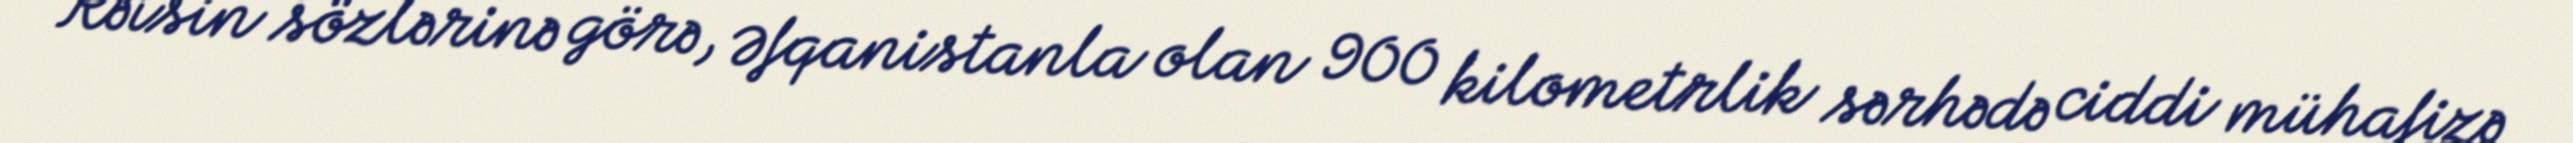
Rəisin sözlərinə görə, Əfqanistanla olan 900 kilometrlik sərhədə ciddi mühafizə